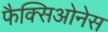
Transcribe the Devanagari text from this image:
फैक्सिओनेस